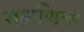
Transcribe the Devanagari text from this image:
सक्षणिक